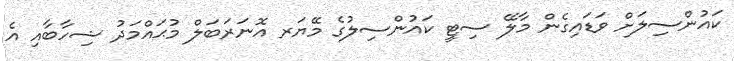
ކައުންސިލަށް ވަޑައިގެން މާލޭ ސިޓީ ކައުންސިލުގެ މޭޔަރ އޮނަރަބަލް މުޙައްމަދު ޝިހާބާއި އެ